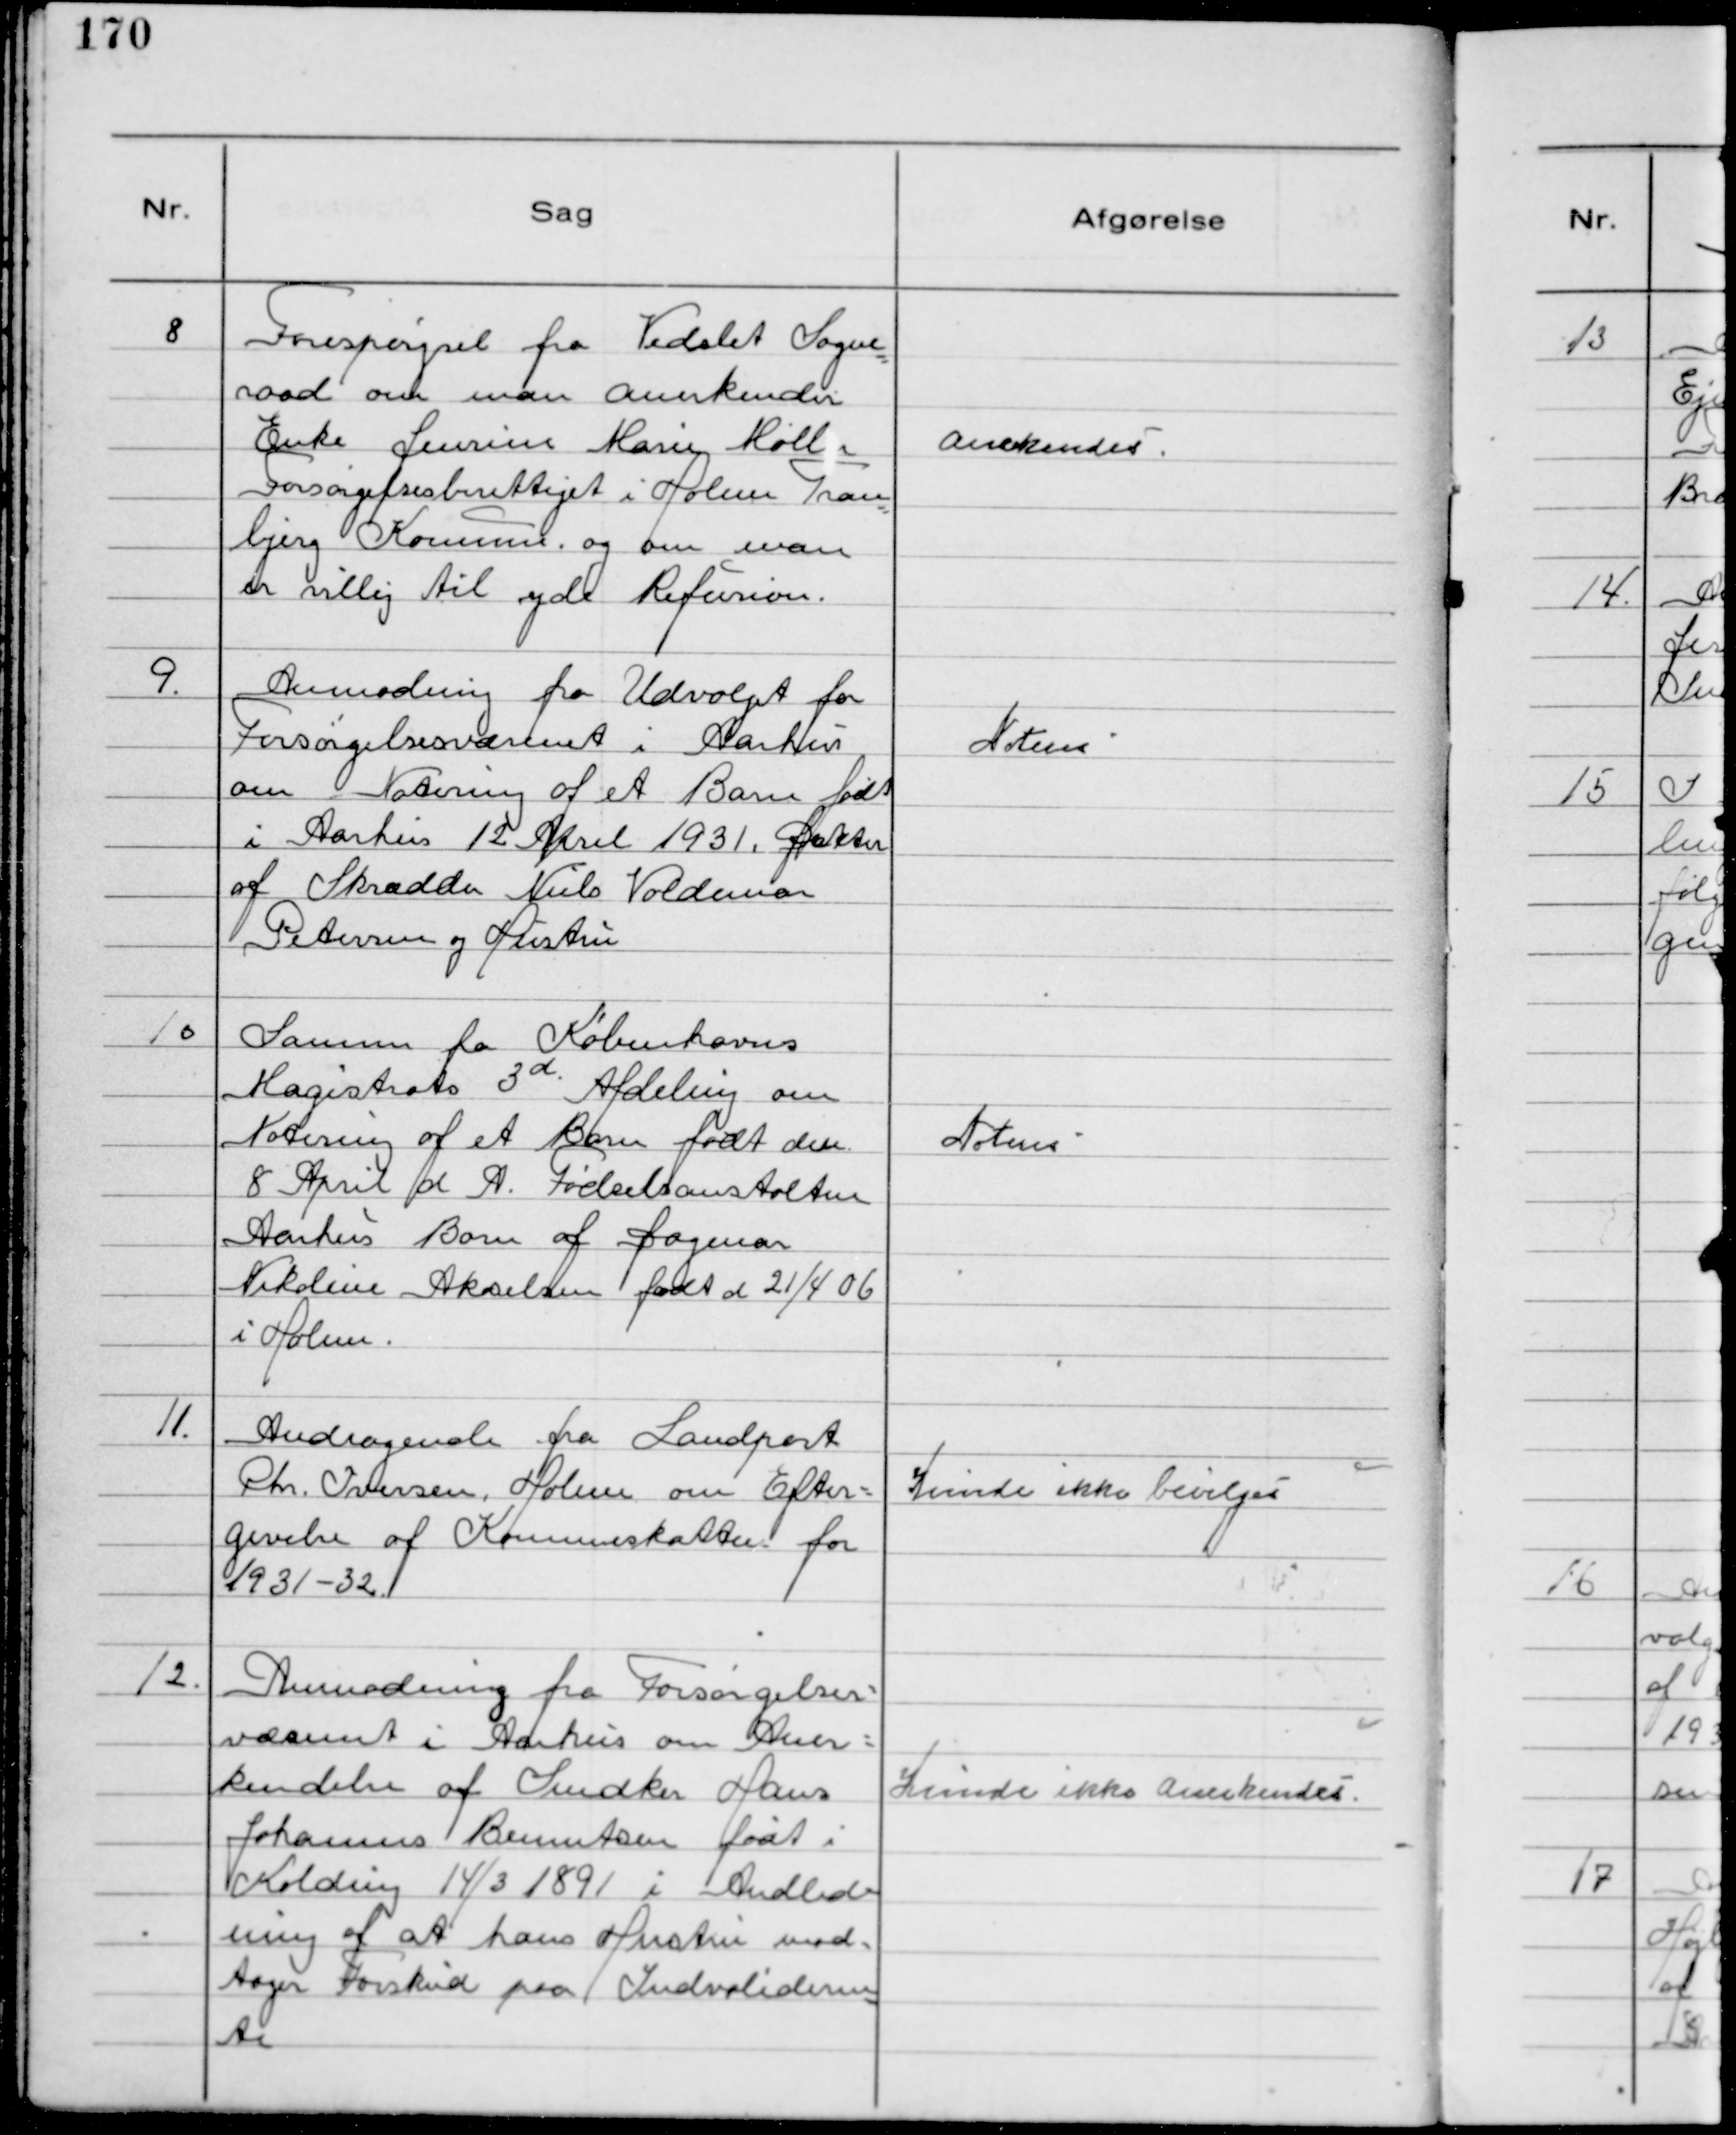
Transskription:
8
Forespørgsel fra Vedslet Sogne
raad om man Anerkender
Enke Jensine Marie Møller
Forsørgelsesberettiget i Holme Tran
bjerg Kommune. og om man
er villig til yde Refusion.

Anerkendes.

9.
Anmodning fra Udvalget for
Forsørgelsesvæsenet i Aarhus
om Notering af et Barn født
i Aarhus 12 April 1931. Datter
af Skrædder Niels Valdemar
Petersen og Hustru

Noteres

10
Samme fra Københavns
Magistrats 3d. Afdeling om
Notering af et Barn født den
8 April d A. Fødselsanstalten
Aarhus Barn af Dagmar
Nikoline Akselsen født d 21/4 06
i Holme.

Noteres

11.
Andragende fra Landpost
Chr. Iversen, Holme om Efter-
givelse af Kommuneskatten for
1931-32.

Kunde ikke bevilges

12.
Anmodning fra Forsørgelses-
væsenet i Aarhus om Aner-
kendelse af Snedker Hans
Johannes Bennetsen født i
Kolding 14/3 1891 i Andled-
ning af at hans Hustru mod-
tager Forskud paa Indvalideren
te

Kunde ikke Anerkendes.